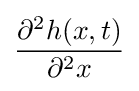
{\frac {\partial ^{2}h(x,t)}{\partial ^{2}x}}